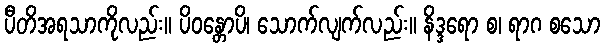
ပီတိအရသာကိုလည်း။ ပိဝန္တောပိ၊ သောက်လျက်လည်း။ နိဒ္ဒရော စ၊ ရာဂ စသော